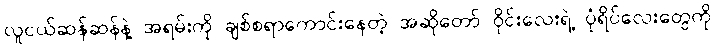
လူငယ်ဆန်ဆန်နဲ့ အရမ်းကို ချစ်စရာကောင်းနေတဲ့ အဆိုတော် ဝိုင်းလေးရဲ့ ပုံရိပ်လေးတွေကို